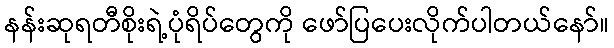
နန်းဆုရတီစိုးရဲ့ပုံရိပ်တွေကို ဖော်ပြပေးလိုက်ပါတယ်နော်။